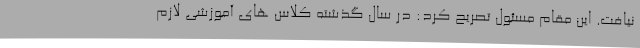
نیافت. این مقام مسئول تصریح کرد: در سال گذشته کلاس های آموزشی لازم